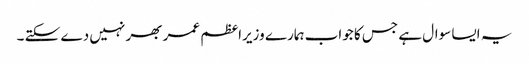
یہ ایسا سوال ہے جس کا جواب ہمارے وزیراعظم عمر بھر نہیں دے سکتے ۔